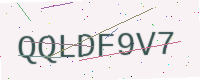
Text: QQLDF9V7